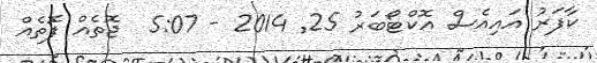
ކާފަރު އައިއެސް އޮކްޓޯބަރު 25